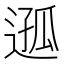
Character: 𨔌